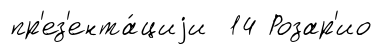
пр'ез'ента́циjи 14 Розар'ио